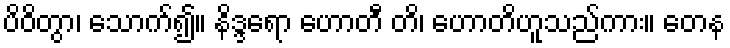
ပိဝိတွာ၊ သောက်၍။ နိဒ္ဒရော ဟောတီ တိ၊ ဟောတိဟူသည်ကား။ တေန